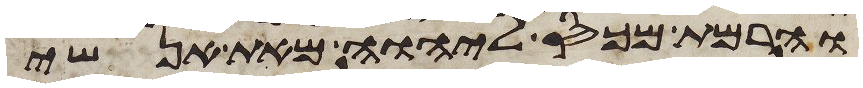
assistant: והרמת מכס ליהוה מאת אנשי